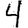
Digit: 4